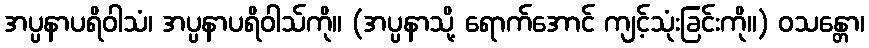
အပ္ပနာပရိဝါသံ၊ အပ္ပနာပရိဝါသ်ကို။ (အပ္ပနာသို့ ရောက်အောင် ကျင့်သုံးခြင်းကို။) ဝသန္တော၊